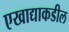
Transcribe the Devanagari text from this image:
एखाद्याकडील